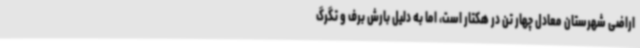
اراضی شهرستان معادل چهار تن در هکتار است، اما به دلیل بارش برف و تگرگ